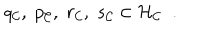
LaTeX: q _ { \cal C } , \; p _ { \cal C } , \; r _ { \cal C } , \; s _ { \cal C } \in { \cal H } _ { \cal C } \; \; .